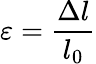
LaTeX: \varepsilon={\frac{\Delta l}{l_{0}}}